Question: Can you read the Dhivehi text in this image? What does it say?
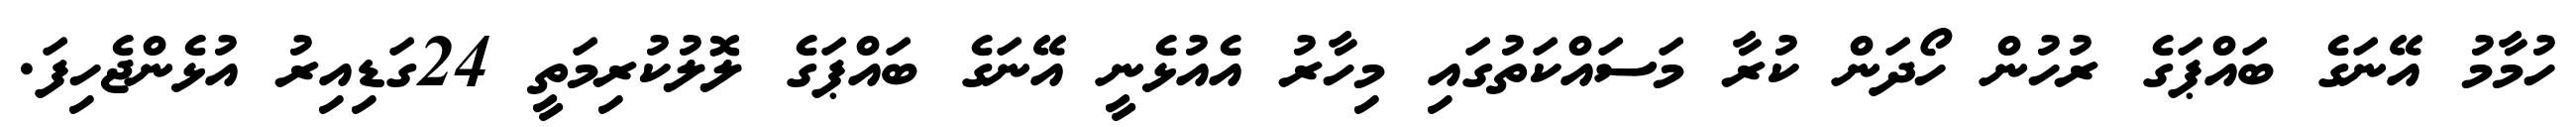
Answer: ހުމާމު އޭނަގެ ބައްޕަގެ ރުހުން ހޯދަން ކުރާ މަސައްކަތުގައި މިހާރު އެއުޅެނީ އޭނަގެ ބައްޕަގެ ލޮލުކުރިމަތީ 24ގަޑިއިރު އުޅެންޖެހިފަ.